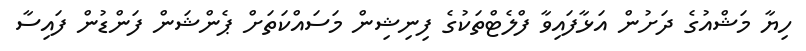
ހިޔާ މަޝްއުގެ ދަށުން އަޅާފައިވާ ފްލެޓްތަކުގެ ފިނިޝިން މަސައްކަތަށް ޕެންޝަން ފަންޑުން ފައިސާ